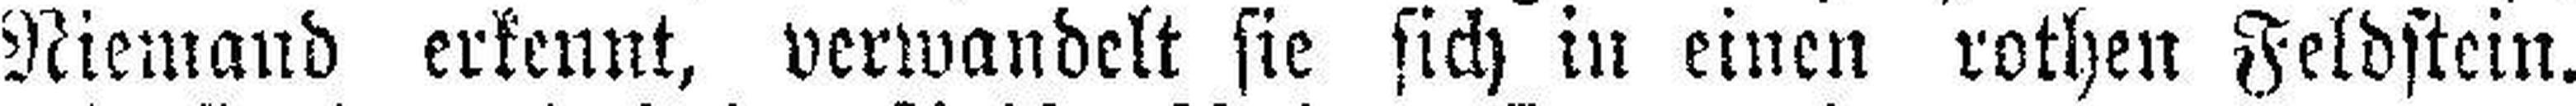
Niemand erkennt, verwandelt sie sich in einen rothen Feldstein.